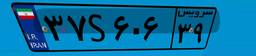
۶۰S۳۵۲۳۱